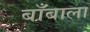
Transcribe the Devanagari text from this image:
बाँबाला